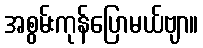
အစွမ်းကုန်ပြောမယ်ဗျာ။